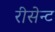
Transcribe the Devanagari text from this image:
रीसेन्ट